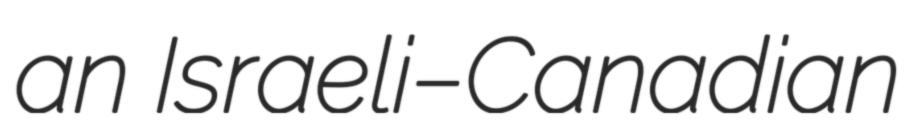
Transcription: an Israeli–Canadian